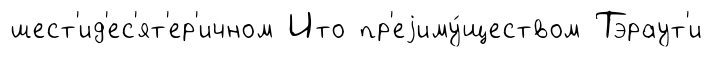
шест'ид'ес'ят'ер'ичном Ито пр'еjиму́ществом Тэраут'и